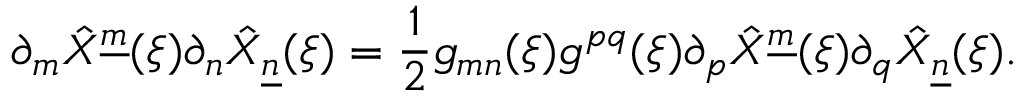
\partial _ { m } \hat { X } ^ { \underline { { { m } } } } ( \xi ) \partial _ { n } \hat { X } _ { \underline { { { n } } } } ( \xi ) = { \frac { 1 } { 2 } } g _ { m n } ( \xi ) g ^ { p q } ( \xi ) \partial _ { p } \hat { X } ^ { \underline { { { m } } } } ( \xi ) \partial _ { q } \hat { X } _ { \underline { { { n } } } } ( \xi ) .